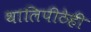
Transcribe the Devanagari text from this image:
थालिपीठेही